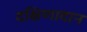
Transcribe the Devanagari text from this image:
दक्षिणादान